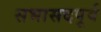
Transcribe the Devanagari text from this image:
सभासदपूर्व